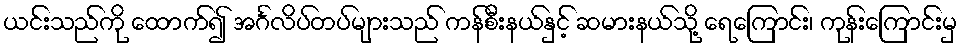
ယင်းသည်ကို ထောက်၍ အင်္ဂလိပ်တပ်များသည် ကန်စီးနယ်နှင့် ဆမားနယ်သို့ ရေကြောင်း၊ ကုန်းကြောင်းမှ